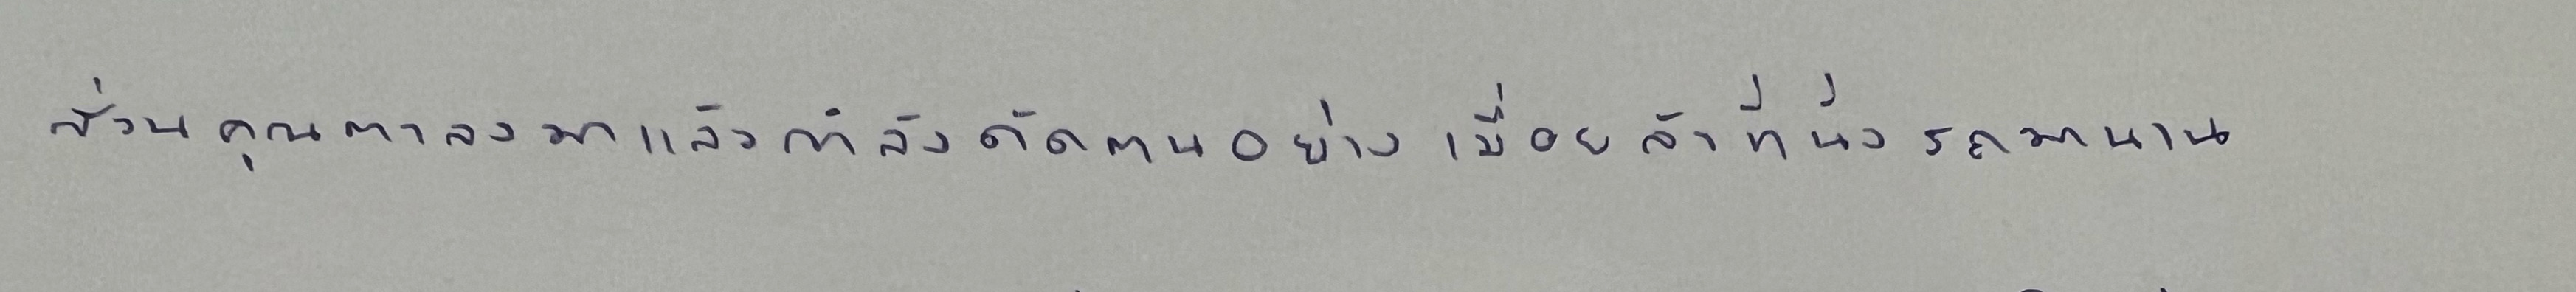
ส่วนคุณตาลงมาแล้วกำลังดัดตนอย่างเมื่อยล้าที่นั่งรถมานาน